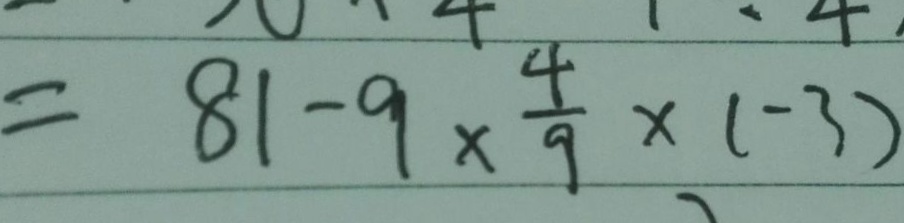
= 8 1 - 9 \times \frac { 4 } { 9 } \times ( - 3 )